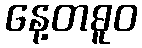
နေ့တဓူဝ